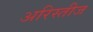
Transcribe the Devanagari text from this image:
अरिस्तीज